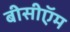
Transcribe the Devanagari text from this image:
बीसीऍम